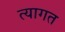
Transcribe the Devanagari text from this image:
त्यागत